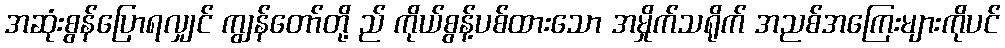
အဆုံးစွန်ပြောရလျှင် ကျွန်တော်တို့ ည် ကိုယ်စွန့်ပစ်ထားသော အမှိုက်သရိုက် အညစ်အကြေးများကိုပင်